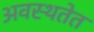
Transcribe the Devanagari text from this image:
अवस्थतेत